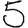
Digit: 5